Civil Veterinary Dept. Bombay admin report 1914-1922 - 1914-1922
Year: 1914
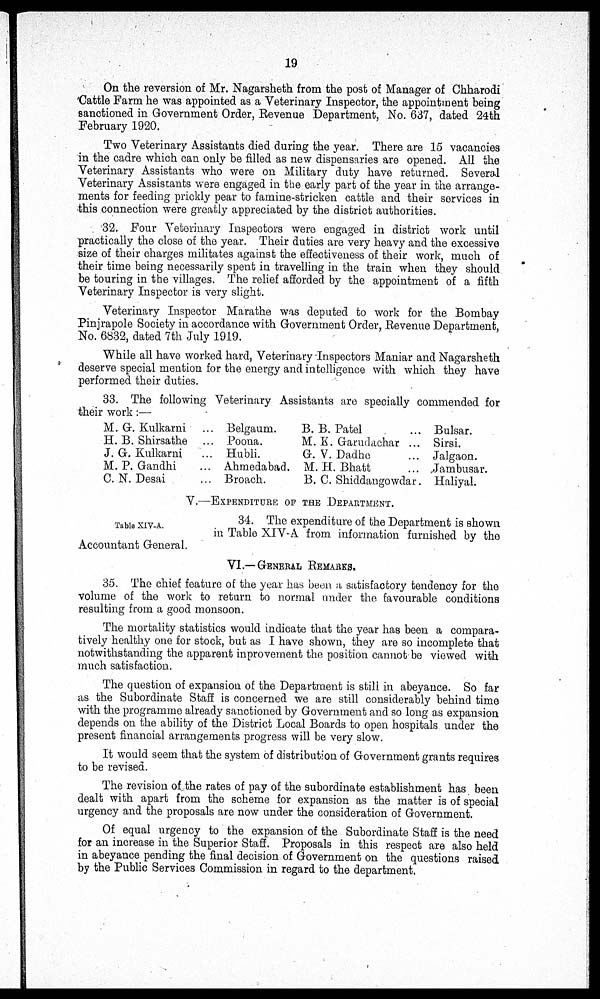
19
On the reversion of Mr. Nagarsheth from the post of Manager of Chharodi
Cattle Farm he was appointed as a Veterinary Inspector, the appointment being
sanctioned in Government Order, Revenue Department, No. 637, dated 24th
February 1920.
Two Veterinary Assistants died during the year. There are 15 vacancies
in the cadre which can only be filled as new dispensaries are opened. All the
Veterinary Assistants who were on Military duty have returned. Several
Veterinary Assistants were engaged in the early part of the year in the arrange-
ments for feeding prickly pear to famine-stricken cattle and their services in
this connection were greatly appreciated by the district authorities.
32. Four Veterinary Inspectors were engaged in district work until
practically the close of the year. Their duties are very heavy and the excessive
size of their charges militates against the effectiveness of their work, much of
their time being necessarily spent in travelling in the train when they should
be touring in the villages. The relief afforded by the appointment of a fifth
Veterinary Inspector is very slight.
Veterinary Inspector Marathe was deputed to work for the Bombay
Pinjrapole Society in accordance with Government Order, Revenue Department,
No. 6832, dated 7th July 1919.
While all have worked hard, Veterinary Inspectors Maniar and Nagarsheth
deserve special mention for the energy and intelligence with which they have
performed their duties.
33. The following Veterinary Assistants are specially commended for
their work:—
M. G. Kulkani ...
H. B. Shirsathe ...
J. G. Kulkarni ...
M. P. Gandhi ...
C. N. Desai ...
Belgaum.
Poona.
Hubli.
Ahmedabad.
Broach.
B. B. Patel ...
M. K. Garudachar ...
G. V. Dadhe ...
M. H. Bhatt ...
B. C. Shiddangowdar.
Bulsar.
Sirsi.
Jalgaon.
Jambusar.
Haliyal.
V.—EXPENDITURE OF THE DEPARTMENT.
Table XIV-A.
34. The expenditure of the Department is shown
in Table XIV-A from information furnished by the
Accountant General.
VI.—GENERAL REMARKS.
35. The chief feature of the year has been a satisfactory tendency for the
volume of the work to return to normal under the favourable conditions
resulting from a good monsoon.
The mortality statistics would indicate that the year has been a compara-
tively healthy one for stock, but as I have shown, they are so incomplete that
notwithstanding the apparent inprovement the position cannot be viewed with
much satisfaction.
The question of expansion of the Department is still in abeyance. So far
as the Subordinate Staff is concerned we are still considerably behind time
with the programme already sanctioned by Government and so long as expansion
depends on the ability of the District Local Boards to open hospitals under the
present financial arrangements progress will be very slow.
It would seem that the system of distribution of Government grants requires
to be revised.
The revision of the rates of pay of the subordinate establishment has been
dealt with apart from the scheme for expansion as the matter is of special
urgency and the proposals are now under the consideration of Government.
Of equal urgency to the expansion of the Subordinate Staff is the need
for an increase in the Superior Staff. Proposals in this respect are also held
in abeyance pending the final decision of Government on the questions raised
by the Public Services Commission in regard to the department.